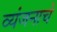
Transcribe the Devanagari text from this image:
व्यंजनाचे